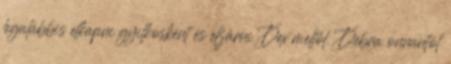
legalábbis elkapni gyilkosként és elzárni Dex mellől. Debra onnantól